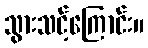
သွားသင့်ကြောင်း။